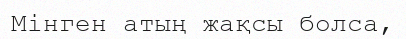
Мінген атың жақсы болса,